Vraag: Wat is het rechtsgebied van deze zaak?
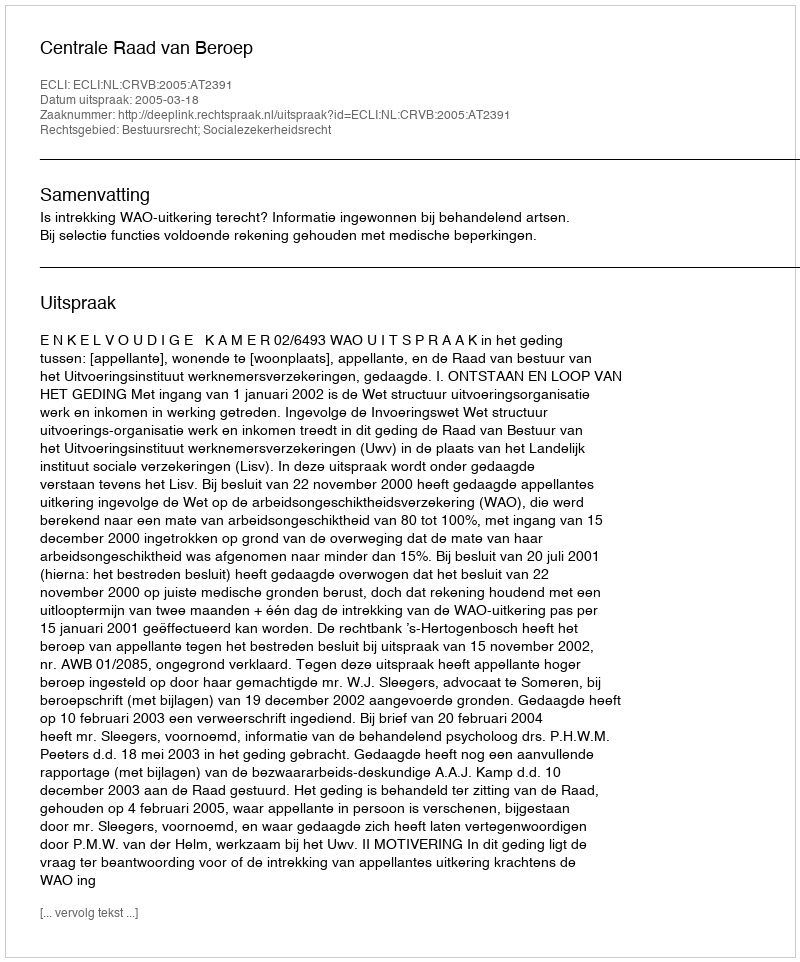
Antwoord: Bestuursrecht; Socialezekerheidsrecht